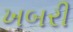
ખબરી